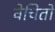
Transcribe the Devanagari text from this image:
वेचितो